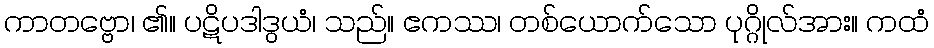
ကာတဗ္ဗော၊ ၏။ ပဋိပဒါဒွယံ၊ သည်။ ဧကဿ၊ တစ်ယောက်သော ပုဂ္ဂိုလ်အား။ ကထံ